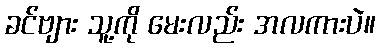
ခင်ဗျား သူ့ကို မေးလည်း အလကားပဲ။